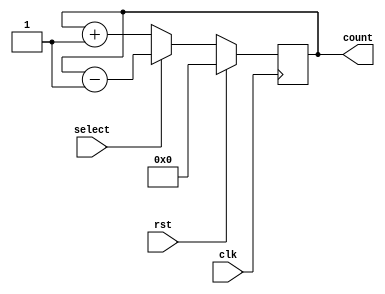
module counter #(parameter bits=8)(
				input clk, 
				input rst, 
				input select, 
				output reg [bits-1:0] count 
				); 

always@ (posedge clk)
	begin 
		if (rst==1) begin
			count <= 0;			
		end	
	else begin
		case (select)
			1'b0: count <= count + 1; 
			default: count <= count - 1;
			endcase
		end		
	end
	
endmodule